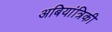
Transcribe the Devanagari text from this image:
अबियांत्रिकी